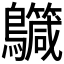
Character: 𪇳